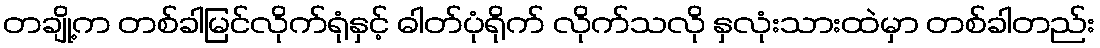
တချို့က တစ်ခါမြင်လိုက်ရုံနှင့် ဓါတ်ပုံရိုက် လိုက်သလို နှလုံးသားထဲမှာ တစ်ခါတည်း